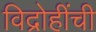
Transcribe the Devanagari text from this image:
विद्रोहींची